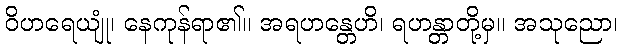
ဝိဟရေယျုံ၊ နေကုန်ရာ၏။ အရဟန္တေဟိ၊ ရဟန္တာတို့မှ။ အသုညော၊